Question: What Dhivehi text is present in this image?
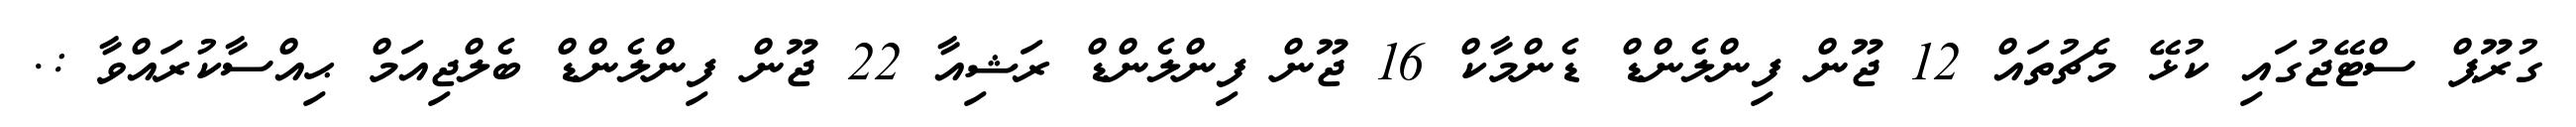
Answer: ގުރޫޕް ސްޓޭޖުގައި ކުޅޭ މެޗުތައް 12 ޖޫން ފިންލެންޑް ޑެންމާކް 16 ޖޫން ފިންލެންޑް ރަޝިއާ 22 ޖޫން ފިންލެންޑް ބެލްޖިއަމް ޙިއްސާކުރައްވާ :.